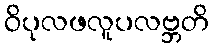
ဝိပုလဖလူပလဗ္ဘတိ